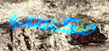
مكسب